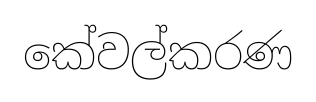
කේවල්කරණ